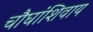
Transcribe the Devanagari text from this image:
चौघांशिवाय